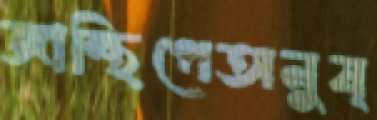
জান্থিপেঅনুষ্